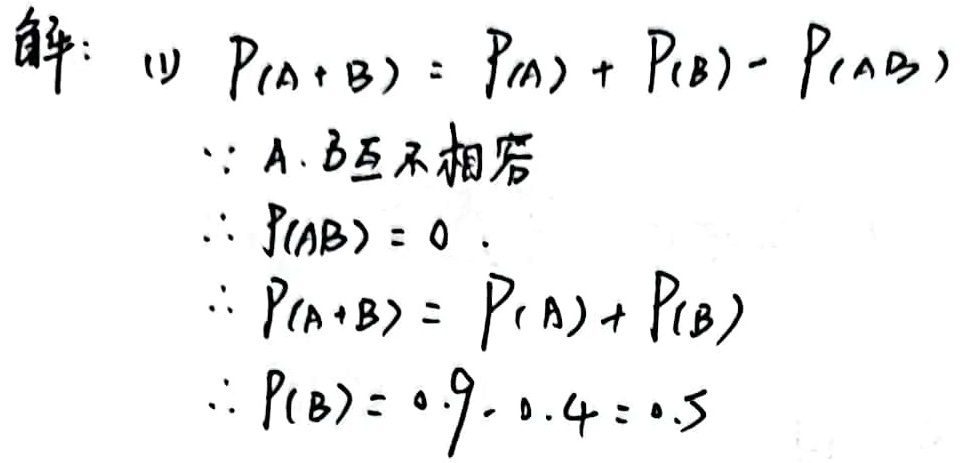
解：(1) \(P(A + B)=P(A)+P(B)-P(AB)\)
\(\because A, B\)互不相容
\(\therefore P(AB)=0\)
\(\therefore P(A + B)=P(A)+P(B)\)
\(\therefore P(B)=0.9 - 0.4 = 0.5\)